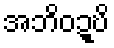
အဘိဝဍ္ဎိ